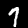
Digit: 7